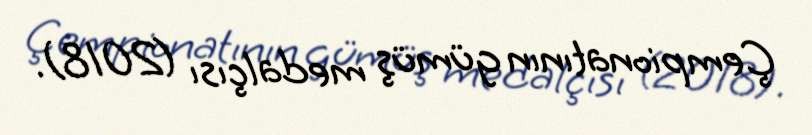
Çempionatının gümüş medalçısı (2018).